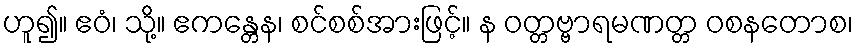
ဟူ၍။ ဧဝံ၊ သို့။ ဧကန္တေန၊ စင်စစ်အားဖြင့်။ န ဝတ္တဗ္ဗာရမဏတ္တ ဝစနတောစ၊